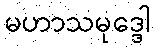
မဟာသမုဒ္ဒေါ